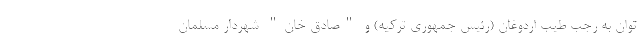
توان به رجب طیب اردوغان (رئیس جمهوری ترکیه) و "صادق خان" شهردار مسلمان